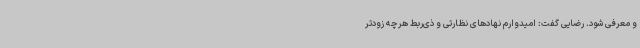
و معرفی شود. رضایی گفت: امیدوارم نهادهای نظارتی و ذی‌ربط هرچه زودتر